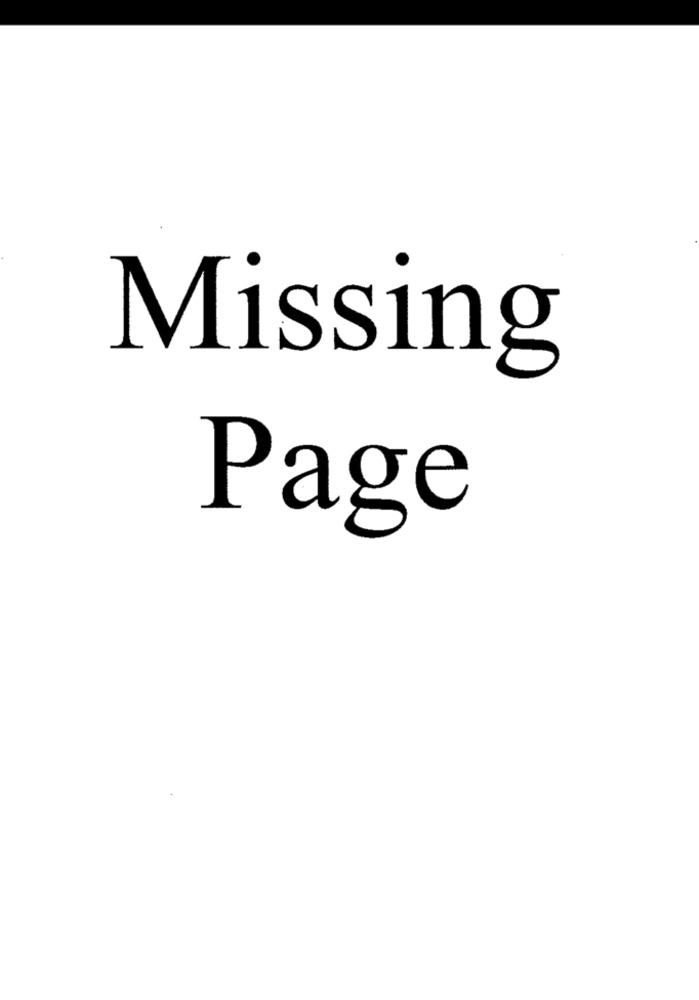
Missing
Page